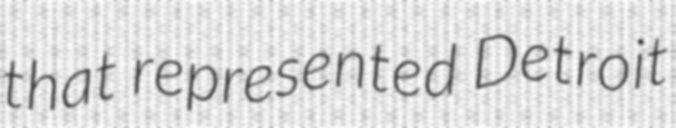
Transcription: that represented Detroit